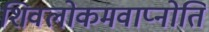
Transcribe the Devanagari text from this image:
शिवलोकमवाप्नोति